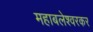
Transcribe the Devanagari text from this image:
महाबलेश्वरकर